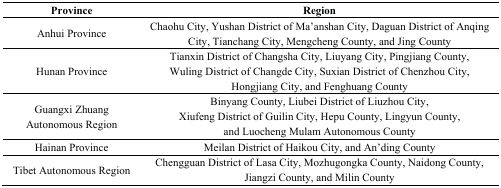
| Province | Region |
 | --- | --- |
 | Anhui Province | Chaohu City, Yushan District of Ma’anshan City, Daguan District of Anqing City, Tianchang City, Mengcheng County, and Jing County |
 | Hunan Province | Tianxin District of Changsha City, Liuyang City, Pingjiang County, Wuling District of Changde City, Suxian District of Chenzhou City, Hongjiang City, and Fenghuang County |
 | Guangxi Zhuang Autonomous Region | Binyang County, Liubei District of Liuzhou City, Xiufeng District of Guilin City, Hepu County, Lingyun County, and Luocheng Mulam Autonomous County |
 | Hainan Province | Meilan District of Haikou City, and An’ding County |
 | Tibet Autonomous Region | Chengguan District of Lasa City, Mozhugongka County, Naidong County, Jiangzi County, and Milin County |